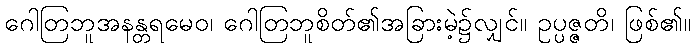
ဂေါတြဘူအနန္တရမေဝ၊ ဂေါတြဘူစိတ်၏အခြားမဲ့၌လျှင်။ ဥပ္ပဇ္ဇတိ၊ ဖြစ်၏။